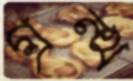
গ্রন্থ